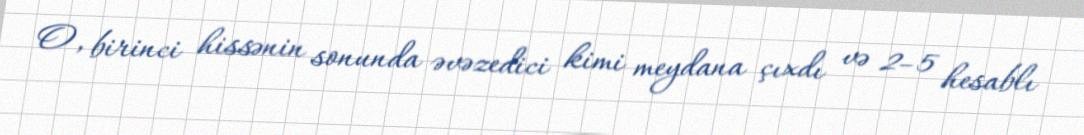
O, birinci hissənin sonunda əvəzedici kimi meydana çıxdı və 2–5 hesablı